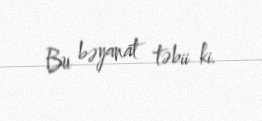
Bu bəyanat təbii ki.